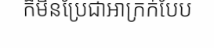
ក៏មិនប្រែជាអាក្រក់បែប